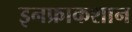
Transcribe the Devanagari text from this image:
इनफ्राकशान